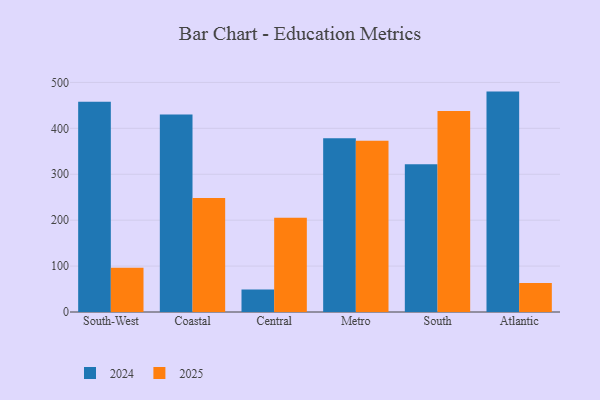
{"axis": {"x": "Region", "y": "Latency (ms)"}, "legend": ["2024", "2025"], "data": [{"x": "South-West", "y": 457.7, "type": "2024"}, {"x": "South-West", "y": 96.4, "type": "2025"}, {"x": "Coastal", "y": 430.2, "type": "2024"}, {"x": "Coastal", "y": 248.3, "type": "2025"}, {"x": "Central", "y": 48.9, "type": "2024"}, {"x": "Central", "y": 205.5, "type": "2025"}, {"x": "Metro", "y": 378.5, "type": "2024"}, {"x": "Metro", "y": 372.8, "type": "2025"}, {"x": "South", "y": 321.6, "type": "2024"}, {"x": "South", "y": 437.5, "type": "2025"}, {"x": "Atlantic", "y": 480.0, "type": "2024"}, {"x": "Atlantic", "y": 63.0, "type": "2025"}]}